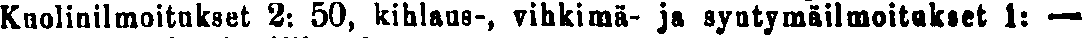
Kuolinilmoitukset 2: 50, kihlaus-, vihkimä- ja syntymäilmoitukset 1: —